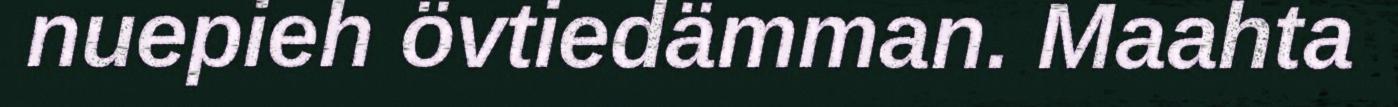
nuepieh övtiedämman. Maahta